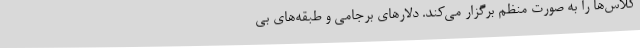
کلاس‌ها را به صورت منظم برگزار می‌کند. دلارهای برجامی و طبقه‌های بی